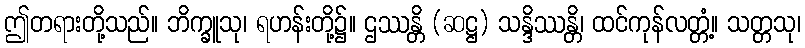
ဤတရားတို့သည်။ ဘိက္ခူသု၊ ရဟန်းတို့၌။ ဌဿန္တိ (ဆဋ္ဌ) သန္ဒိဿန္တိ၊ ထင်ကုန်လတ္တံ့။ သတ္တသု၊